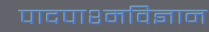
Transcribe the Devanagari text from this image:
पादपाश्मविज्ञान